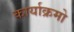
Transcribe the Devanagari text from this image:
कार्याक्रमो